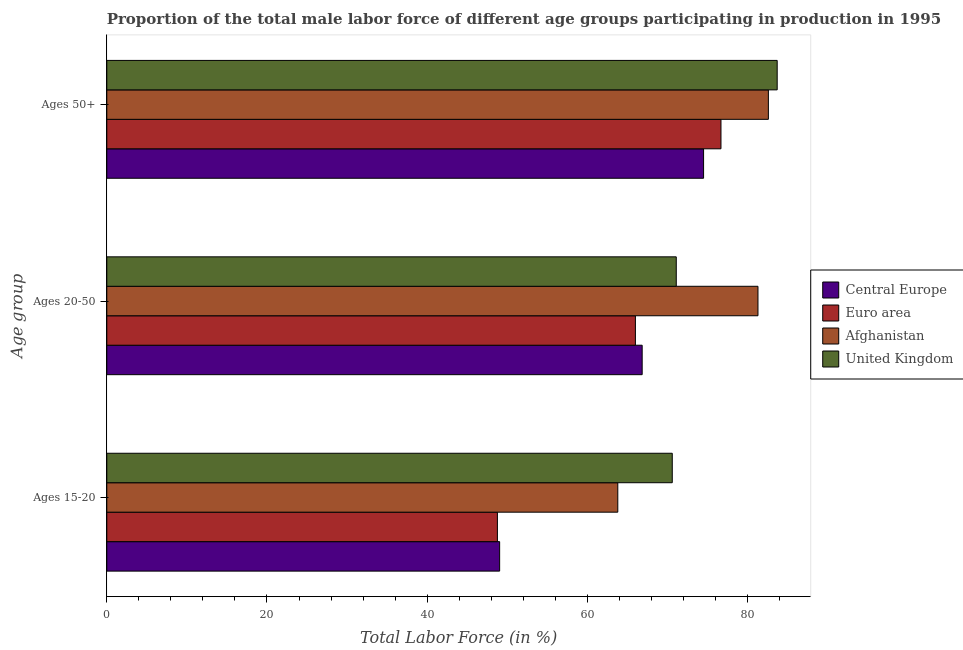
| Age group | Central Europe | Euro area | Afghanistan | United Kingdom |
 | --- | --- | --- | --- | --- |
 | Ages 15-20 | 49 | 48.8 | 63.8 | 70.6 |
 | Ages 20-50 | 66.8 | 66 | 81.3 | 71.1 |
 | Ages 50+ | 74.5 | 76.7 | 82.6 | 83.7 |